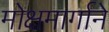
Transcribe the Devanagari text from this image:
मोक्षमार्गाने